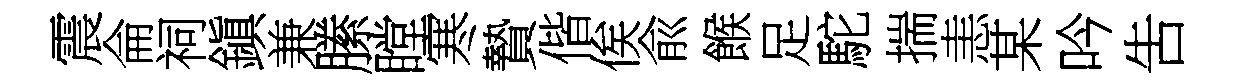
震侖祠鎭兼縢瞠寒贄偕俟兪餱足駝揣恚某吟吿